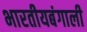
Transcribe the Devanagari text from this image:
भारतीयबंगाली